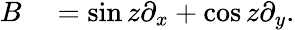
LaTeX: \begin{array}{rl}{B}&{{}=\sin z\partial_{x}+\cos z\partial_{y}.}\end{array}